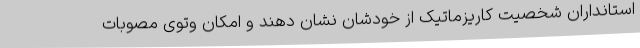
استانداران شخصیت کاریزماتیک از خودشان نشان دهند و امکان وتوی مصوبات